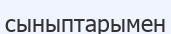
сыныптарымен